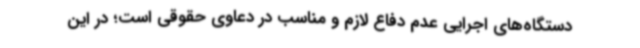
دستگاه‌های اجرایی عدم دفاع لازم و مناسب در دعاوی حقوقی است؛ در این